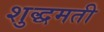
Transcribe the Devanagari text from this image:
शुद्धमती